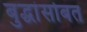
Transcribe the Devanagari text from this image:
बुद्धांसोबत